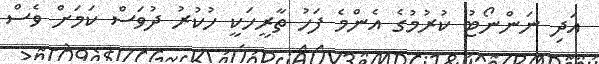
އަދި ނަންނޯޓު ކުރުމުގެ އެންމެ ފަހު ތާރީހަކީ ހުކުރު ދުވަސް ކަމަށް ވެސް